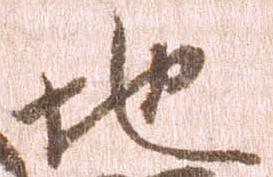
地